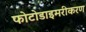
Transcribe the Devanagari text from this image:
फोटोडाइमरीकरण